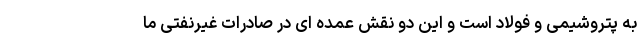
به پتروشیمی و فولاد است و این دو نقش عمده ای در صادرات غیرنفتی ما